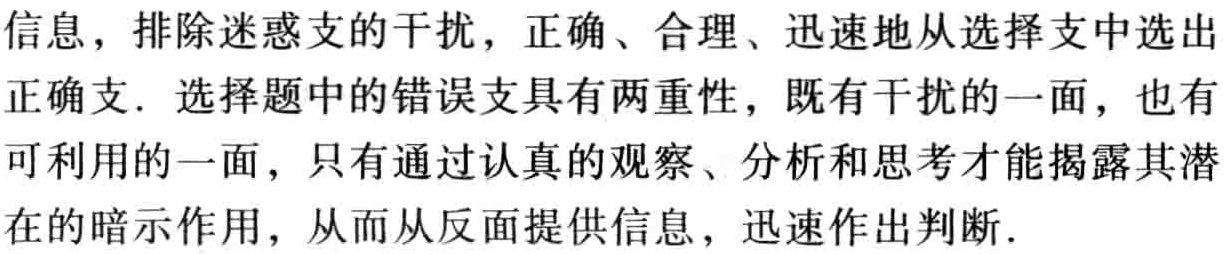
信息，排除迷惑支的干扰，正确、合理、迅速地从选择支中选出正确支. 选择题中的错误支具有两重性，既有干扰的一面，也有可利用的一面，只有通过认真的观察、分析和思考才能揭露其潜在的暗示作用，从而从反面提供信息，迅速作出判断.